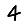
Digit: 4